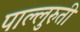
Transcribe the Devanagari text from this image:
पाल्लुरुती